General report no. 6 on the lunatic asylums, vaccination and dispensaries in the Bengal Presidency, 1873 -
Year: 1873
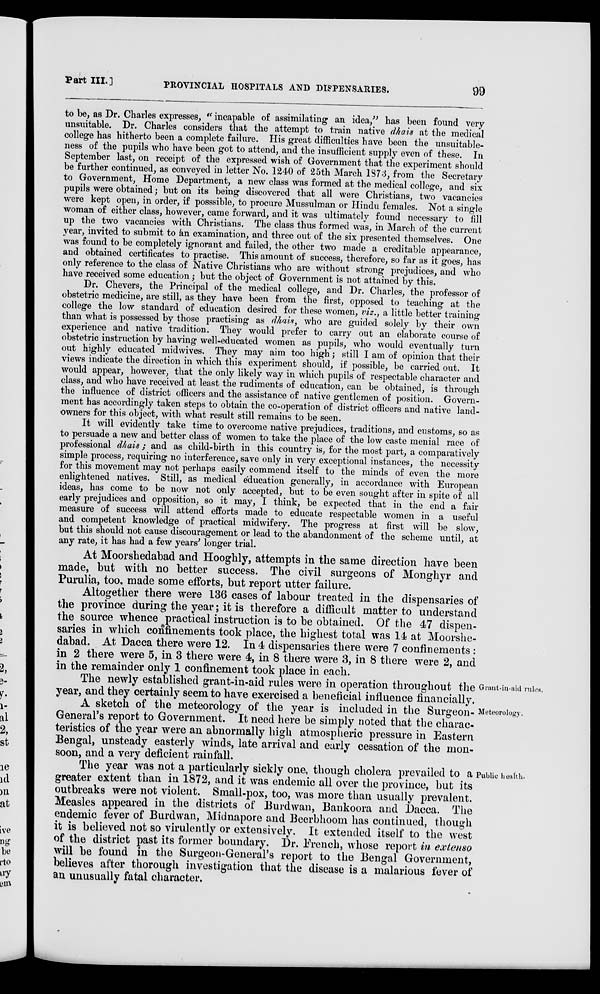
Part III.]
PROVINCIAL HOSPITALS AND DISPENSARIES.
99
to be, as Dr. Charles expresses, " incapable of assimilating an idea,'' has been found very
unsuitable. Dr. Charles considers that the attempt to train native dhais at the medical
college has hitherto been a complete failure. His great difficulties have been the unsuitable.
ness of the pupils who have been got to attend, and the insufficient supply even of these. In
September last, on receipt of the expressed wish of Government that the experiment should
be further continued, as conveyed in letter No. 1240 of 25th March 137.3, from the Secretary
to Government, Home Department, a new class was formed at the medical college, and six
pupils were obtained; but on its being discovered that all were Christians, two vacancies
were kept open, in order, if posssible, to procure Mussulman or Hindu females. Not a single
woman of either class, however, came forward, and it was ultimately found necessary to fill
up the two vacancies with Christians. The class thus formed was, in March of the current
year, invited to submit to an examination, and three out of the six presented themselves. One
was found to be completely ignorant and failed, the other two made a creditable appearance,
and obtained certificates to practise. This amount of success, therefore, so far as it goes, has
only reference to the class of Native Christians who are without strong prejudices, and who
have received some education ; but the object of Government is not attained by this.
Dr. Chevers, the Principal of the medical college, and Dr. Charles, the professor of
obstetric medicine, are still, as they have been from the first, opposed to teaching at the
college the low standard of education desired for these women, viz., a little better training
than what is possessed by those practising as dhais, who are guided solely by their own
experience and native tradition. They would prefer to carry out an elaborate course of
obstetric instruction by having well-educated women as pupils, who would eventually turn
out highly educated midwives. They may aim too high; still I am of opinion that their
views indicate the direction in which this experiment should, if possible, be carried out. It
would appear, however, that the only likely way in which pupils of respectable character and
class, and who have received at least the rudiments of education, can be obtained, is through
the influence of district officers and the assistance of native gentlemen of position. Govern-
ment has accordingly taken steps to obtain the co-operation of district officers and native land-
owners for this object, with what result still remains to be seen.
It will evidently take time to overcome native prejudices, traditions, and customs, so as
to persuade a new and better class of women to take the place of the low caste menial race of
professional dhais ; and as child-birth in this country is, for the most part, a comparatively
simple process, requiring no interference, save only in very exceptional instances, the necessity
for this movement may not perhaps easily commend itself to the minds of even the more
enlightened natives. Still, as medical education generally, in accordance with European
ideas, has come to be now not only accepted, but to be even sought after in spite of all
early prejudices and opposition, so it may, I think, be expected that in the end a fair
measure of success will attend efforts made to educate respectable women in a useful
and competent knowledge of practical midwifery. The progress at first will be slow,
but this should not cause discouragement or lead to the abandonment of the scheme until, at
any rate, it has had a few years' longer trial.
At Moorshedabad and Hooghly, attempts in the same direction have been
made, but with no better success. The civil surgeons of Monghyr and
Purulia, too. made some efforts, but report utter failure.
Altogether there were 136 cases of labour treated in the dispensaries of
the province during the year; it is therefore a difficult matter to understand
the source whence practical instruction is to be obtained. Of the 47 dispen-
saries in which confinements took place, the highest total was 14 at Moorshe-
dabad. At Dacca there were 12. In 4 dispensaries there were 7 confinements :
in 2 there were 5, in 3 there were 4, in 8 there were 3, in 8 there were 2, and
in the remainder only 1 confinement took place in each.
Grant-in-aid rules,
The newly established grant-in-aid rules were in operation throughout the
year, and they certainly seem to have exercised a beneficial influence financially.
Meteorology.
A sketch of the meteorology of the year is included in the Surgeon.
General's report to Government. It need here be simply noted that the charac-
teristics of the year were an abnormally high atmospheric pressure in Eastern
Bengal, unsteady easterly winds, late arrival and early cessation of the mon-
soon, and a very deficient rainfall.
Public health.
The year was not a particularly sickly one, though cholera prevailed to a
greater extent than in 1872, and it was endemic all over the province, but its
outbreaks were not violent. Small-pox, too, was more than usually prevalent.
Measles appeared in the districts of Burdwan, Bankoora and Dacca. The
endemic fever of Burdwan, Midnapore and Beerbhoom has continued, though
it is believed not so virulently or extensively. It extended itself to the west
of the district past its former boundary. Dr. French, whose report in extenso
will be found in the Surgeon-General's report to the Bengal Government,
believes after thorough investigation that the disease is a malarious fever of
an unusually fatal character.